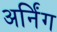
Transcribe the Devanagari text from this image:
अर्निंग